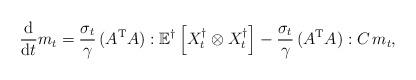
LaTeX: \begin{align*}\frac{\rm d}{{\rm d}t} m_t = \frac{\sigma_t}{\gamma} \,(A^{\rm T} A): \mathbb{E}^\dagger \left[X_t^\dagger \otimes X_t^\dagger\right]-\frac{\sigma_t}{\gamma} \,(A^{\rm T} A) : C \, m_t ,\end{align*}